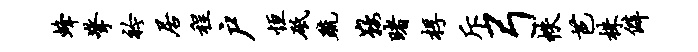
蜂擎衿居程户恒砥疏鞍睹桴斥弓帙芭株僻